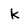
Character: k